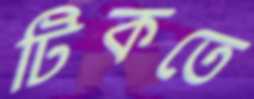
টিকতে